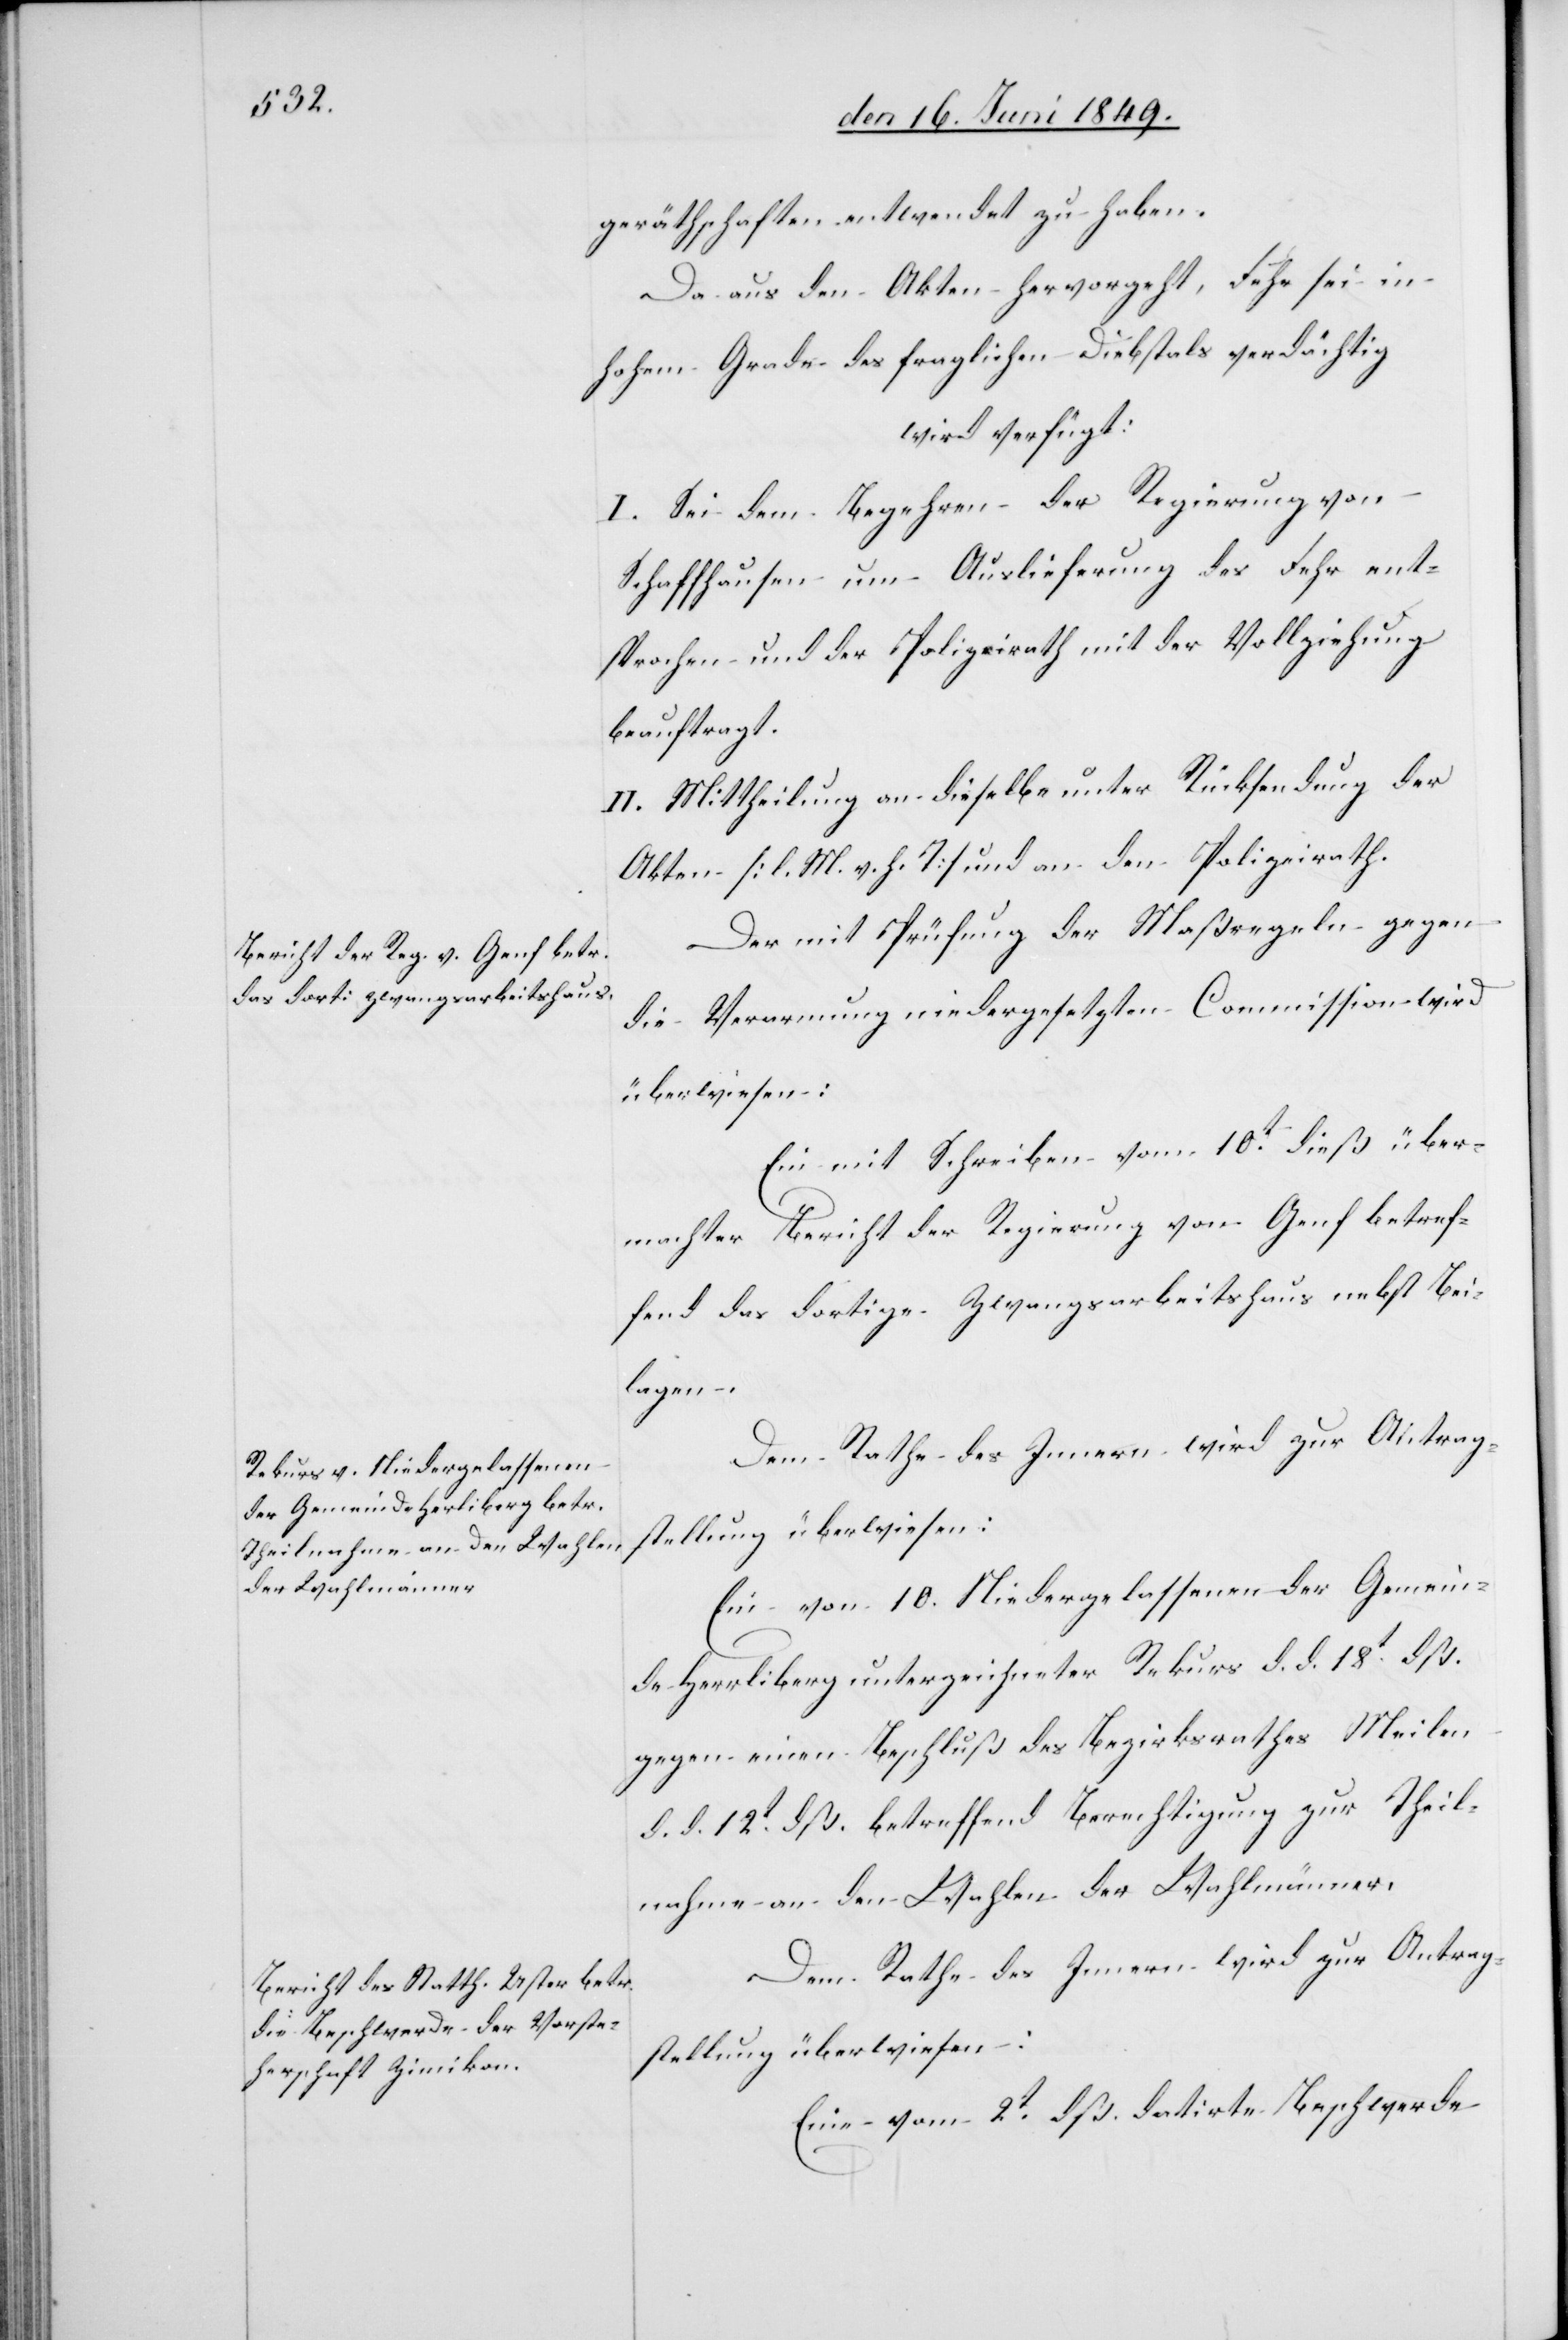
den 20. Juni 1849.]
geräthschaften entwendet zu haben.
Da aus den Akten hervorgeht, Fehr sei in
hohem Gradem des fraglichen Diebstahls verdächtig
wird verfügt:
I. Sei dem Begehren der Regierung von
Schaffhausen um Auslieferung des Fehr ent¬
sprochen und der Polizeirath mit der Vollziehung
beauftragt.
II. Mittheilung an dieselbe unter Rücksendung der
Akten [l. M. v. h. T] und an den Polizeirath.
Der mit Prüfung der Maßregeln gegen
die Verarmung niedergesetzten Commission wird
überwiesen:
Ein mit Schreiben vom 10t dieß über¬
machter Bericht der Regierung von Genf betref¬
fend das dortige Zwangsarbeitshaus nebst Bei¬
lagen.
Dem Rathe des Innern wird zur Antrag¬
stellung überwiesen:
Ein vom 10. Niedergelassenen der Gemein¬
de Herrliberg unterzeichneter Rekurs d. d. 18t dß.
gegen einen Beschluß des Bezirksrathes Meilen
d. d. 12t dß. betreffend Berechtigung zur Theil¬
nahme an den Wahlen der Wahlmänner.
Dem Rathe des Innern wird zur Antrag¬
stellung überwiesen:
Eine vom 2t dß. datirte Beschwerde